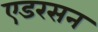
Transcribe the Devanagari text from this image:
एडरसन